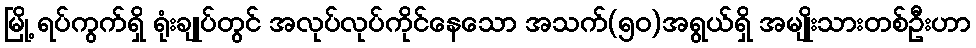
မြို့ ရပ်ကွက်ရှိ ရုံးချုပ်တွင် အလုပ်လုပ်ကိုင်နေသော အသက်(၅၀)အရွယ်ရှိ အမျိုးသားတစ်ဦးဟာ